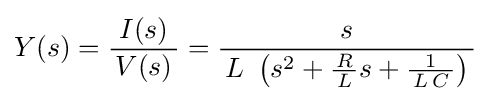
Y(s)={\frac {I(s)}{\,V(s)\,}}={\frac {s}{\,L\ \left(s^{2}+{\frac {R}{\,L\,}}s+{\frac {1}{\,L\,C\,}}\right)\,}}